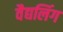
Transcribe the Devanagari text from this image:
वैद्यलिंग